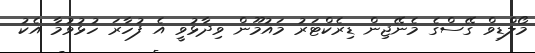
މޯލްޑިވް ގޭސްގެ މެނޭޖިން ޑިރެކްޓަރު މައުމޫން ވިދާޅުވީ އެ ފުހާރަ ހުޅުވުމާ އެކު